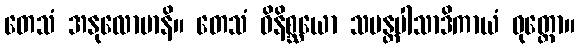
တေသံ အနုလောမာနိ။ တေသံ ဝိနိစ္ဆယော သမန္တပါသာဒိကာယံ ဝုတ္တော။